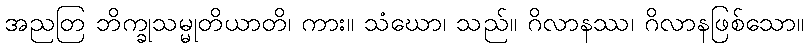
အညတြ ဘိက္ခုသမ္မုတိယာတိ၊ ကား။ သံဃော၊ သည်။ ဂိလာနဿ၊ ဂိလာနဖြစ်သော။